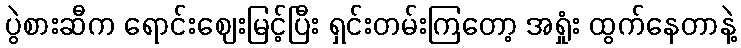
ပွဲစားဆီက ရောင်းဈေးမြင့်ပြီး ရှင်းတမ်းကြတော့ အရှုံး ထွက်နေတာနဲ့